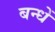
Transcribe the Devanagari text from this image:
बन्धें